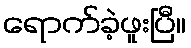
ရောက်ခဲ့ဖူးပြီ။